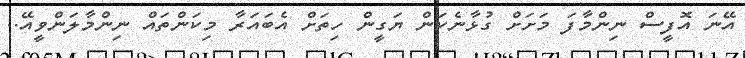
އޭނަ އޮފީސް ނިންމާފަ މަށަށް ގުޅާނެކަން ޔަގީން ހިތަށް އެބައަރާ މިކަންތައް ނިންމާލަންވީއޭ..